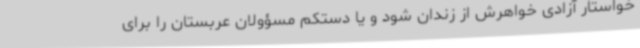
خواستار آزادی خواهرش از زندان شود و یا دستکم مسؤولان عربستان را برای